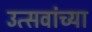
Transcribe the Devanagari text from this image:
उत्सवांच्या